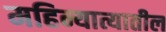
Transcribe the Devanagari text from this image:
महिन्यात्यातील